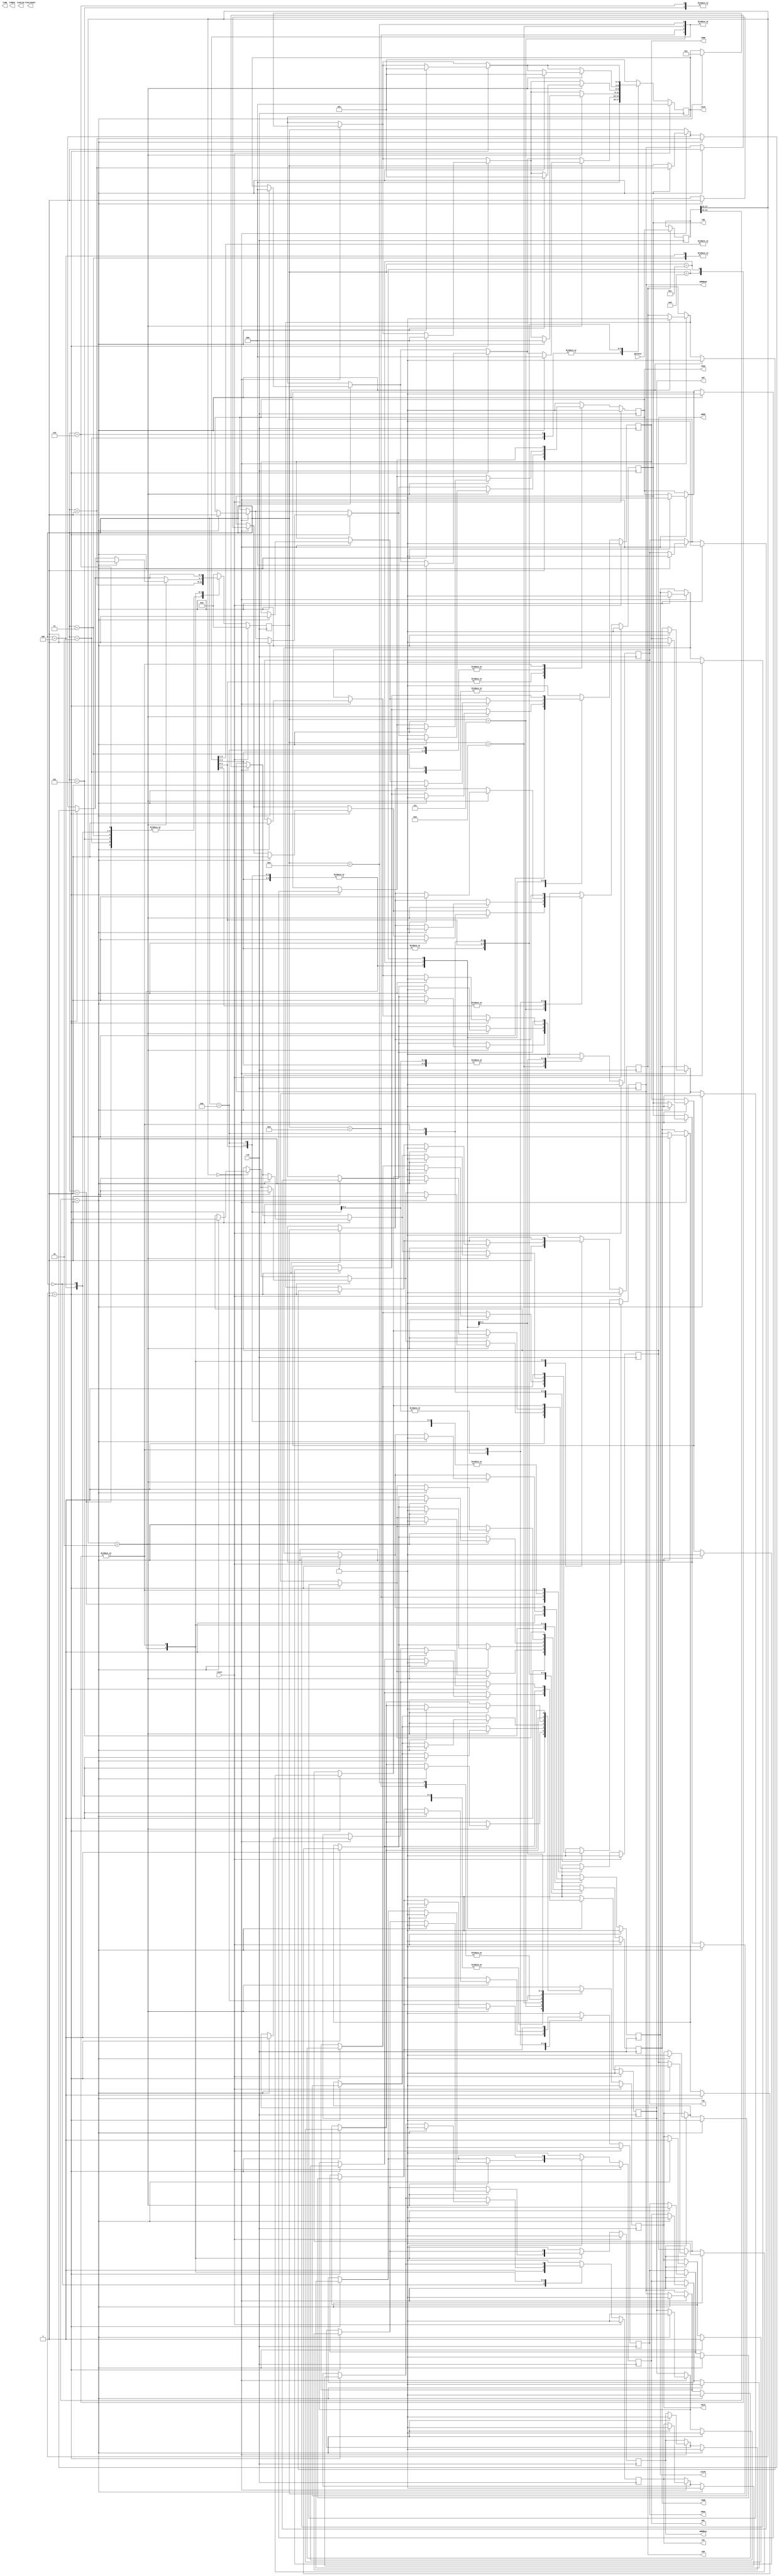
module ControlBlock( clk, reset, rMAR, wMAR, rMem, wMem, rMDR, wMDRmem, wMDRbus, rPC, wPC, incPC, rIR, wIR, rAC, wAC, cALU, eALU, getInst, lcdLineSel, lcdLine, lcdRst, lcdW );
	
	input clk, reset;
	input[17:0] getInst;			// get Instruction
	output rMAR, wMAR;
	output rMem, wMem;
	output rMDR, wMDRmem, wMDRbus; 
	output rPC, wPC, incPC;
	output rIR, wIR;
	output rAC, wAC;
	output[2:0] cALU;
	output eALU;
	output lcdLineSel, lcdLine;	
	output lcdRst, lcdW;		
	
	reg rMAR, wMAR;
	reg rMem, wMem;
	reg rMDR, wMDRmem, wMDRbus; 
	reg rPC, wPC, incPC;
	reg rIR, wIR;
	reg rAC, wAC;
	reg[2:0] cALU;
	reg[3:0] count;
	reg eALU;	
	reg[17:0] instruction;
	reg lcdLineSel, lcdLine;
	reg lcdRst, lcdW;
	
	always @(posedge clk) begin		// Takes the value off of aluOutBus when 	
		if( wIR ) begin
			instruction = getInst;
		end									// see top level proc.v
	end
	
	always @( negedge clk ) begin
		if( reset ) begin
			count <= 4'd0;
			incPC <= 1'b0;
			rMAR	<= 1'b0;
			wMAR	<= 1'b0;
			rMem  <= 1'b0;
			wMem  <= 1'b0;
			rMDR 	<= 1'b0;
			wMDRmem <= 1'b0;
			wMDRbus <= 1'b0;
			rPC   <= 1'b0;
			wPC   <= 1'b0;
			rIR   <= 1'b0;
			wIR	<= 1'b0;
			rAC   <= 1'b0;
			wAC   <= 1'b0;
			cALU  <= 3'd0;
			eALU  <= 1'b0;
		end
		else if( ~reset )
			begin
				case(count)
				4'd0:								// NOTE TO SELF: Signals are commited in the next state. Reg are out immediately
				begin								// FETCH 0					
					incPC <= 1'b0;				// MAR <- #PC;
					rPC   <= 1'b1;				// MDR <- Mem[MAR];
					wPC   <= 1'b0;				// IR  <- MDR;
					rMAR	<= 1'b0;
					wMAR	<= 1'b0;
					rMem  <= 1'b0;
					wMem  <= 1'b0;
					rMDR  <= 1'b0;
					wMDRmem <= 1'b0;
					wMDRbus <= 1'b0;
					rIR   <= 1'b0;
					wIR	<= 1'b0;
					rAC   <= 1'b0;
					wAC   <= 1'b0;
					cALU  <= 3'b001;			// 
					eALU  <= 1'b1;				//
					count <= count + 4'd1;
				end
				4'd1:
				begin								// FETCH 1					
					incPC <= 1'b0;				// #MAR <- PC;
					rPC   <= 1'b0;				// MDR <- Mem[MAR];
					wPC   <= 1'b0;				// IR  <- MDR
					rMAR	<= 1'b0;				
					wMAR	<= 1'b1;
					rMem  <= 1'b0;
					wMem  <= 1'b0;
					rMDR  <= 1'b0;
					wMDRmem <= 1'b0;
					wMDRbus <= 1'b0;
					rIR   <= 1'b0;
					wIR	<= 1'b0;
					rAC   <= 1'b0;
					wAC   <= 1'b0;
					cALU  <= 3'b001;
					eALU  <= 1'b1;
					count <= count + 4'd1;
				end
				4'd2:
				begin								// FETCH 2					
					incPC <= 1'b0;				// MAR <- PC;
					rPC   <= 1'b0;				// MDR <- #Mem[MAR];
					wPC   <= 1'b0;				// IR  <- MDR
					rMAR	<= 1'b1;				
					wMAR	<= 1'b0;
					rMem  <= 1'b1;
					wMem  <= 1'b0;
					rMDR  <= 1'b0;
					wMDRmem <= 1'b0;
					wMDRbus <= 1'b0;
					rIR   <= 1'b0;
					wIR	<= 1'b0;
					rAC   <= 1'b0;
					wAC   <= 1'b0;
					cALU  <= 3'b000;
					eALU  <= 1'b0;
					count <= count + 4'd1;
				end
				4'd3:
				begin								// FETCH 3					
					incPC <= 1'b0;				// MAR <- PC;
					rPC   <= 1'b0;				// MDR <- #Mem[#MAR];
					wPC   <= 1'b0;				// IR  <- MDR
					rMAR	<= 1'b1;
					wMAR	<= 1'b0;
					rMem  <= 1'b1;
					wMem  <= 1'b0;
					rMDR  <= 1'b0;
					wMDRmem  <= 1'b1;
					wMDRbus <= 1'b0;
					rIR   <= 1'b0;
					wIR	<= 1'b0;
					rAC   <= 1'b0;
					wAC   <= 1'b0;
					cALU  <= 3'b001;
					eALU  <= 1'b0;
					count <= count + 4'd1;
				end
				4'd4:
				begin								// FETCH 4
					incPC <= 1'b0;				// MAR <- PC;
					rPC   <= 1'b0;				// #MDR <- Mem[MAR];
					wPC   <= 1'b0;				// IR  <- MDR
					rMAR	<= 1'b0;
					wMAR	<= 1'b0;
					rMem  <= 1'b0;
					wMem  <= 1'b0;
					rMDR  <= 1'b0;
					wMDRmem <= 1'b1;
					wMDRbus <= 1'b0;
					rIR   <= 1'b0;
					wIR	<= 1'b0;
					rAC   <= 1'b0;
					wAC   <= 1'b0;
					cALU  <= 3'b001;
					eALU  <= 1'b1;
					count <= count + 4'd1;
				end
				4'd5:
				begin
					incPC <= 1'b1;				// MAR <- PC; #incPC;
					rPC   <= 1'b0;				// MDR <- Mem[MAR];
					wPC   <= 1'b0;				// IR  <- #MDR
					rMAR	<= 1'b0;
					wMAR	<= 1'b0;
					rMem  <= 1'b0;
					wMem  <= 1'b0;
					rMDR  <= 1'b1;
					wMDRmem  <= 1'b0;				
					wMDRbus <= 1'b0;
					rIR   <= 1'b0;
					wIR	<= 1'b1;
					rAC   <= 1'b0;
					wAC   <= 1'b0;
					cALU  <= 3'b001;
					eALU  <= 1'b1;
					count <= count + 4'd1;
				end
				4'd6:
				begin
					incPC <= 1'b0;				// MAR <- PC;
					rPC   <= 1'b0;				// MDR <- Mem[MAR];
					wPC   <= 1'b0;				// #IR  <- MDR
					rMAR	<= 1'b0;
					wMAR	<= 1'b0;
					rMem  <= 1'b0;
					wMem  <= 1'b0;
					rMDR  <= 1'b0;
					wMDRmem  <= 1'b0;				
					wMDRbus <= 1'b0;
					rIR   <= 1'b0;
					wIR	<= 1'b1;
					rAC   <= 1'b0;
					wAC   <= 1'b0;
					cALU  <= 3'b000;
					eALU  <= 1'b0;
					count <= count + 4'd1;
				end
				// **** Execute?
				4'd7:
				begin
					if( instruction[17:15] == 3'b111 ) begin
						count <= count;
					end
					if( instruction[17:15] == 3'b000 )		// ADD (AC + aNumber)
						begin
							if( instruction[14:13] == 2'b01 )// if address mode is mem (address in the instruction)
								begin									// MAR <- #IR[12:0]
									incPC <= 1'b0;					// MDR <- Mem[MAR]
									rPC   <= 1'b0;					// AC  <- MDR + AC
									wPC   <= 1'b0;
									rMAR	<= 1'b0;
									wMAR	<= 1'b0;
									rMem  <= 1'b0;
									wMem  <= 1'b0;
									rMDR  <= 1'b0;				// 
									wMDRmem <= 1'b0;
									wMDRbus <= 1'b0;
									rIR   <= 1'b1;				// 
									wIR   <= 1'b0;
									rAC   <= 1'b0;
									wAC   <= 1'b0;
									cALU  <= 3'b000;			// Pass through aBus
									eALU  <= 1'b1;
									count <= count + 4'd1;
								end
						end
					if( instruction[17:15] == 3'b001 )		// LOAD (AC <- aNumber)
						begin			
							if( instruction[14:13] == 2'b01) // if address mode is mem (address in the instruction)
								begin									// MAR <- #IR[12:0]
									incPC <= 1'b0;					// MDR <- Mem[MAR]
									rPC   <= 1'b0;					// AC  <- MDR
									wPC   <= 1'b0;
									rMAR	<= 1'b0;
									wMAR	<= 1'b0;
									rMem  <= 1'b0;
									wMem  <= 1'b0;
									rMDR  <= 1'b0;				// 
									wMDRmem <= 1'b0;
									wMDRbus <= 1'b0;
									rIR   <= 1'b1;				// 
									wIR   <= 1'b0;
									rAC   <= 1'b0;
									wAC   <= 1'b0;
									cALU  <= 3'b000;			// Pass through aBus
									eALU  <= 1'b1;
									count <= count + 4'd1;
								end
						end
					if( instruction[17:15] == 3'b010 )		// STORE (Mem[MAR] <- AC)
						begin
							if( instruction[14:13] == 2'b01) // if address mode is mem (address in the instruction)
								begin									// MAR <- #IR[12:0]
									incPC <= 1'b0;					// Mem[MAR] <- AC
									rPC   <= 1'b0;					
									wPC   <= 1'b0;
									rMAR	<= 1'b0;
									wMAR	<= 1'b0;
									rMem  <= 1'b0;
									wMem  <= 1'b0;
									rMDR  <= 1'b0;				// 
									wMDRmem <= 1'b0;
									wMDRbus <= 1'b0;
									rIR   <= 1'b1;				// 
									wIR   <= 1'b0;
									rAC   <= 1'b0;
									wAC   <= 1'b0;
									cALU  <= 3'b000;			// Pass through aBus
									eALU  <= 1'b1;
									count <= count + 4'd1;
							end
					end
				end

				4'd8:
				begin
					if( instruction[17:15] == 3'b000 )		// ADD (AC + aNumber)
						begin
							if( instruction[14:13] == 2'b01 )// if address mode is mem (address in the instruction)
								begin									// #MAR <- IR[12:0]
									incPC <= 1'b0;					// MDR <- Mem[MAR]
									rPC   <= 1'b0;					// AC  <- MDR + AC
									wPC   <= 1'b0;
									rMAR	<= 1'b0;
									wMAR	<= 1'b1;
									rMem  <= 1'b0;
									wMem  <= 1'b0;
									rMDR  <= 1'b0;				// 
									wMDRmem <= 1'b0;
									wMDRbus <= 1'b0;
									rIR   <= 1'b0;				// 
									wIR   <= 1'b0;
									rAC   <= 1'b0;
									wAC   <= 1'b0;
									cALU  <= 3'b000;			// Pass through aBus
									eALU  <= 1'b0;
									count <= count + 4'd1;
								end
						end
					if( instruction[17:15] == 3'b001 )		// LOAD (AC <- aNumber)
						begin											
							if( instruction[14:13] == 2'b01) // if address mode is mem (address in the instruction)
								begin									// #MAR <- IR[12:0]
									incPC <= 1'b0;					// MDR <- Mem[MAR]
									rPC   <= 1'b0;					// AC  <- MDR
									wPC   <= 1'b0;
									rMAR	<= 1'b0;
									wMAR	<= 1'b1;
									rMem  <= 1'b0;
									wMem  <= 1'b0;
									rMDR  <= 1'b0;				// 
									wMDRmem <= 1'b0;
									wMDRbus <= 1'b0;
									rIR   <= 1'b0;				// 
									wIR   <= 1'b0;
									rAC   <= 1'b0;
									wAC   <= 1'b0;
									cALU  <= 3'b000;				// Pass through aBus
									eALU  <= 1'b0;
									count <= count + 4'd1;
								end
						end
						
					if( instruction[17:15] == 3'b010 )		// STORE (Mem[MAR] <- AC)
						begin
							if( instruction[14:13] == 2'b01) // if address mode is mem (address in the instruction)
								begin									// #MAR <- IR[12:0]
									incPC <= 1'b0;					// Mem[MAR] <- AC
									rPC   <= 1'b0;					
									wPC   <= 1'b0;
									rMAR	<= 1'b0;
									wMAR	<= 1'b1;
									rMem  <= 1'b0;
									wMem  <= 1'b0;
									rMDR  <= 1'b0;				// 
									wMDRmem <= 1'b0;
									wMDRbus <= 1'b0;
									rIR   <= 1'b0;				// 
									wIR   <= 1'b0;
									rAC   <= 1'b0;
									wAC   <= 1'b0;
									cALU  <= 3'b000;			// Pass through aBus
									eALU  <= 1'b0;
									count <= count + 4'd1;
							end
					end
				end
				
				4'd9:
				begin
					if( instruction[17:15] == 3'b000 )		// ADD (AC + aNumber)
						begin
							if( instruction[14:13] == 2'b01 )// if address mode is mem (address in the instruction)
								begin									// MAR <- IR[12:0]
									incPC <= 1'b0;					// MDR <- #Mem[#MAR]
									rPC   <= 1'b0;					// AC  <- MDR + AC
									wPC   <= 1'b0;
									rMAR	<= 1'b1;
									wMAR	<= 1'b0;
									rMem  <= 1'b1;
									wMem  <= 1'b0;
									rMDR  <= 1'b0;				
									wMDRmem <= 1'b0;
									wMDRbus <= 1'b0;
									rIR   <= 1'b0;
									wIR   <= 1'b0;
									rAC   <= 1'b0;				
									wAC   <= 1'b0;
									cALU  <= 3'b011;				// A + B
									eALU  <= 1'b0;
									count <= count + 4'd1;
								end
						end
						
					if( instruction[17:15] == 3'b001 )		// LOAD (AC <- aNumber)
						begin											
							if( instruction[14:13] == 2'b01) // if address mode is mem (address in the instruction)
								begin									// MAR <- IR[12:0]
									incPC <= 1'b0;					// MDR <- #Mem[#MAR]
									rPC   <= 1'b0;					// AC  <- MDR
									wPC   <= 1'b0;
									rMAR	<= 1'b1;
									wMAR	<= 1'b0;
									rMem  <= 1'b1;
									wMem  <= 1'b0;
									rMDR  <= 1'b0;				// 
									wMDRmem <= 1'b0;
									wMDRbus <= 1'b0;
									rIR   <= 1'b0;				// 
									wIR   <= 1'b0;
									rAC   <= 1'b0;
									wAC   <= 1'b0;
									cALU  <= 3'b000;				// Pass through aBus
									eALU  <= 1'b0;
									count <= count + 4'd1;
								end
						end
						
					if( instruction[17:15] == 3'b010 )		// STORE (Mem[MAR] <- AC)
						begin
							if( instruction[14:13] == 2'b01) // if address mode is mem (address in the instruction)
								begin									// MAR <- IR[12:0]
									incPC <= 1'b0;					// Mem[MAR] <- #AC
									rPC   <= 1'b0;					
									wPC   <= 1'b0;
									rMAR	<= 1'b0;
									wMAR	<= 1'b0;
									rMem  <= 1'b0;
									wMem  <= 1'b0;
									rMDR  <= 1'b0;				// 
									wMDRmem <= 1'b0;
									wMDRbus <= 1'b0;
									rIR   <= 1'b0;				// 
									wIR   <= 1'b0;
									rAC   <= 1'b1;
									wAC   <= 1'b0;
									cALU  <= 3'b000;			// Pass through aBus
									eALU  <= 1'b1;
									count <= count + 4'd1;
							end
					end
				end
				
				4'd10:
				begin
					if( instruction[17:15] == 3'b000 )		// ADD (AC + aNumber)
						begin
							if( instruction[14:13] == 2'b01 )// if address mode is mem (address in the instruction)
								begin									// MAR <- IR[12:0]
									incPC <= 1'b0;					// MDR <- #Mem[#MAR]
									rPC   <= 1'b0;					// AC  <- MDR + AC
									wPC   <= 1'b0;
									rMAR	<= 1'b1;
									wMAR	<= 1'b0;
									rMem  <= 1'b1;
									wMem  <= 1'b0;
									rMDR  <= 1'b0;				// to bBus
									wMDRmem <= 1'b0;
									wMDRbus <= 1'b0;
									rIR   <= 1'b0;
									wIR   <= 1'b0;
									rAC   <= 1'b0;				// 
									wAC   <= 1'b0;
									cALU  <= 3'b011;
									eALU  <= 1'b0;
									count <= count + 4'd1;
								end
						end
						
					if( instruction[17:15] == 3'b001 )		// LOAD (AC <- aNumber)
						begin											
							if( instruction[14:13] == 2'b01) // if address mode is mem (address in the instruction)
								begin									// MAR <- IR[12:0]
									incPC <= 1'b0;					// MDR <- #Mem[#MAR]
									rPC   <= 1'b0;					// AC  <- MDR
									wPC   <= 1'b0;
									rMAR	<= 1'b1;
									wMAR	<= 1'b0;
									rMem  <= 1'b1;
									wMem  <= 1'b0;
									rMDR  <= 1'b0;				// 
									wMDRmem <= 1'b0;
									wMDRbus <= 1'b0;
									rIR   <= 1'b0;				// 
									wIR   <= 1'b0;
									rAC   <= 1'b0;
									wAC   <= 1'b0;
									cALU  <= 3'b000;				// Pass through aBus
									eALU  <= 1'b0;
									count <= count + 4'd1;
								end
						end
						
					if( instruction[17:15] == 3'b010 )		// STORE (Mem[MAR] <- AC)
						begin
							if( instruction[14:13] == 2'b01) // if address mode is mem (address in the instruction)
								begin									// MAR <- IR[12:0]
									incPC <= 1'b0;					// #Mem[#MAR] <- AC
									rPC   <= 1'b0;					
									wPC   <= 1'b0;
									rMAR	<= 1'b1;
									wMAR	<= 1'b0;
									rMem  <= 1'b0;
									wMem  <= 1'b1;
									rMDR  <= 1'b0;				// 
									wMDRmem <= 1'b0;
									wMDRbus <= 1'b0;
									rIR   <= 1'b1;				// 
									wIR   <= 1'b0;
									rAC   <= 1'b0;
									wAC   <= 1'b0;
									cALU  <= 3'b001;			// Pass through bBus
									eALU  <= 1'b0;
									count <= count + 4'd1;
							end
					end
				end				
				
				4'd11:
				begin
					if( instruction[17:15] == 3'b000 )		// ADD (AC + aNumber)
						begin
							if( instruction[14:13] == 2'b01 )// if address mode is mem (address in the instruction)
								begin									// MAR <- IR[12:0]
									incPC <= 1'b0;					// #MDR <- Mem[MAR]
									rPC   <= 1'b0;					// AC  <- MDR + AC
									wPC   <= 1'b0;
									rMAR	<= 1'b0;
									wMAR	<= 1'b0;
									rMem  <= 1'b0;
									wMem  <= 1'b0;
									rMDR  <= 1'b0;				// to bBus
									wMDRmem <= 1'b1;
									wMDRbus <= 1'b0;
									rIR   <= 1'b0;
									wIR   <= 1'b0;
									rAC   <= 1'b0;				// 
									wAC   <= 1'b0;
									cALU  <= 3'b011;			// A + B
									eALU  <= 1'b1;
									count <= count + 4'd1;
							end
					end
					
					if( instruction[17:15] == 3'b001 )		// LOAD (AC <- aNumber)
						begin
							if( instruction[14:13] == 3'b01 )
								begin									// MAR <- IR[12:0]
									incPC <= 1'b0;					// #MDR <- Mem[MAR]
									rPC   <= 1'b0;					// AC  <- MDR
									wPC   <= 1'b0;
									rMAR	<= 1'b0;
									wMAR	<= 1'b0;
									rMem  <= 1'b0;
									wMem  <= 1'b0;
									rMDR  <= 1'b0;					// 
									wMDRmem <= 1'b1;
									wMDRbus <= 1'b0;
									rIR   <= 1'b0;					// 
									wIR   <= 1'b0;
									rAC   <= 1'b0;
									wAC   <= 1'b0;
									cALU  <= 3'b001;				// pass through B
									eALU  <= 1'b1;
									count <= count + 4'd1;						
							end
					end
					
					if( instruction[17:15] == 3'b010 )		// STORE (Mem[MAR] <- AC)
						begin
							if( instruction[14:13] == 2'b01) // if address mode is mem (address in the instruction)
								begin									// MAR <- IR[12:0]
									incPC <= 1'b0;					// #Mem[#MAR] <- AC
									rPC   <= 1'b0;					
									wPC   <= 1'b0;
									rMAR	<= 1'b1;
									wMAR	<= 1'b0;
									rMem  <= 1'b0;
									wMem  <= 1'b1;
									rMDR  <= 1'b0;				// 
									wMDRmem <= 1'b0;
									wMDRbus <= 1'b0;
									rIR   <= 1'b1;				// 
									wIR   <= 1'b0;
									rAC   <= 1'b0;
									wAC   <= 1'b0;
									cALU  <= 3'b001;			// Pass through bBus
									eALU  <= 1'b0;
									count <= count + 4'd1;
							end
					end
					
				end
				
				4'd12:
				begin
					if( instruction[17:15] == 3'b000 )		// ADD
						begin
							if( instruction[14:13] == 2'b01 )// if address mode is mem (address in the instruction)
								begin									// MAR <- IR[12:0]
									incPC <= 1'b0;					// MDR <- Mem[MAR]
									rPC   <= 1'b0;					// AC  <- #MDR + #AC
									wPC   <= 1'b0;
									rMAR	<= 1'b0;
									wMAR	<= 1'b0;
									rMem  <= 1'b0;
									wMem  <= 1'b0;
									rMDR  <= 1'b1;				// read MDR
									wMDRmem <= 1'b0;
									wMDRbus <= 1'b0;
									rIR   <= 1'b0;
									wIR   <= 1'b0;
									rAC   <= 1'b1;				// read AC
									wAC   <= 1'b0;
									cALU  <= 3'b011;			// A + B
									eALU  <= 1'b1;
									count <= count + 4'd1;
							end
					end
					if( instruction[17:15] == 3'b001 )		// LOAD (AC <- aNumber)
						begin
							if( instruction[14:13] == 3'b01 )
								begin									// MAR <- IR[12:0]
									incPC <= 1'b0;					// MDR <- Mem[MAR]
									rPC   <= 1'b0;					// AC  <- #MDR
									wPC   <= 1'b0;
									rMAR	<= 1'b0;
									wMAR	<= 1'b0;
									rMem  <= 1'b0;
									wMem  <= 1'b0;
									rMDR  <= 1'b1;					// 
									wMDRmem <= 1'b0;
									wMDRbus <= 1'b0;
									rIR   <= 1'b0;					// 
									wIR   <= 1'b0;
									rAC   <= 1'b0;
									wAC   <= 1'b0;
									cALU  <= 3'b001;				// 
									eALU  <= 1'b1;
									count <= count + 4'd1;						
							end
					end
				end

				4'd13:
				begin
					if( instruction[17:15] == 3'b000 )		// ADD
						begin
							if( instruction[14:13] == 2'b01 )// if address mode is mem (address in the instruction)
								begin									// MAR <- IR[12:0]
									incPC <= 1'b0;					// MDR <- Mem[MAR]
									rPC   <= 1'b0;					// #AC  <- MDR + AC
									wPC   <= 1'b0;
									rMAR	<= 1'b0;
									wMAR	<= 1'b0;
									rMem  <= 1'b0;
									wMem  <= 1'b0;
									rMDR  <= 1'b0;				// to bBus
									wMDRmem <= 1'b0;
									wMDRbus <= 1'b0;
									rIR   <= 1'b0;
									wIR   <= 1'b0;
									rAC   <= 1'b0;				// 
									wAC   <= 1'b1;
									cALU  <= 3'b011;			// A + B
									eALU  <= 1'b0;
									count <= count + 4'd1;
							end
					end
					
					if( instruction[17:15] == 3'b001 )		// LOAD (AC <- aNumber)
						begin
							if( instruction[14:13] == 3'b01 )
								begin									// MAR <- IR[12:0]
									incPC <= 1'b0;					// MDR <- Mem[MAR]
									rPC   <= 1'b0;					// #AC  <- MDR
									wPC   <= 1'b0;
									rMAR	<= 1'b0;
									wMAR	<= 1'b0;
									rMem  <= 1'b0;
									wMem  <= 1'b0;
									rMDR  <= 1'b0;					// 
									wMDRmem <= 1'b0;
									wMDRbus <= 1'b0;
									rIR   <= 1'b0;					// 
									wIR   <= 1'b0;
									rAC   <= 1'b0;
									wAC   <= 1'b1;
									cALU  <= 3'b001;				// 
									eALU  <= 1'b0;
									count <= count + 4'd1;						
							end
					end
				end
				
				// --------------------------------------------------------------
				default:
				begin
					incPC <= 1'b0;					// 
					rPC   <= 1'b0;					// 
					wPC   <= 1'b0;
					rMAR	<= 1'b0;
					wMAR	<= 1'b0;
					rMem  <= 1'b0;
					wMem  <= 1'b0;
					rMDR  <= 1'b0;					// 
					wMDRmem <= 1'b0;
					wMDRbus <= 1'b0;
					rIR   <= 1'b0;					// 
					wIR   <= 1'b0;
					rAC   <= 1'b0;
					wAC   <= 1'b0;
					cALU  <= 3'b001;				// 
					eALU  <= 1'b0;
					count <= 4'd0;	
				end
				endcase
			end
	end
	
endmodule